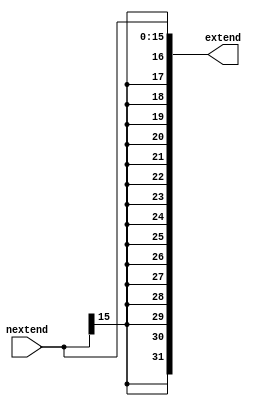
`timescale 1ns / 1ps

/**Lab2 */

module Sign_Extend (
    input wire [15:0] nextend,
    output reg [31:0] extend
    );
    
        always @* begin
            //bit shift left in 2's complement form; from 16 to 32 bit extension 
            extend <= {{16{nextend[15]}}, {nextend[15:0]}};
        end
    
endmodule